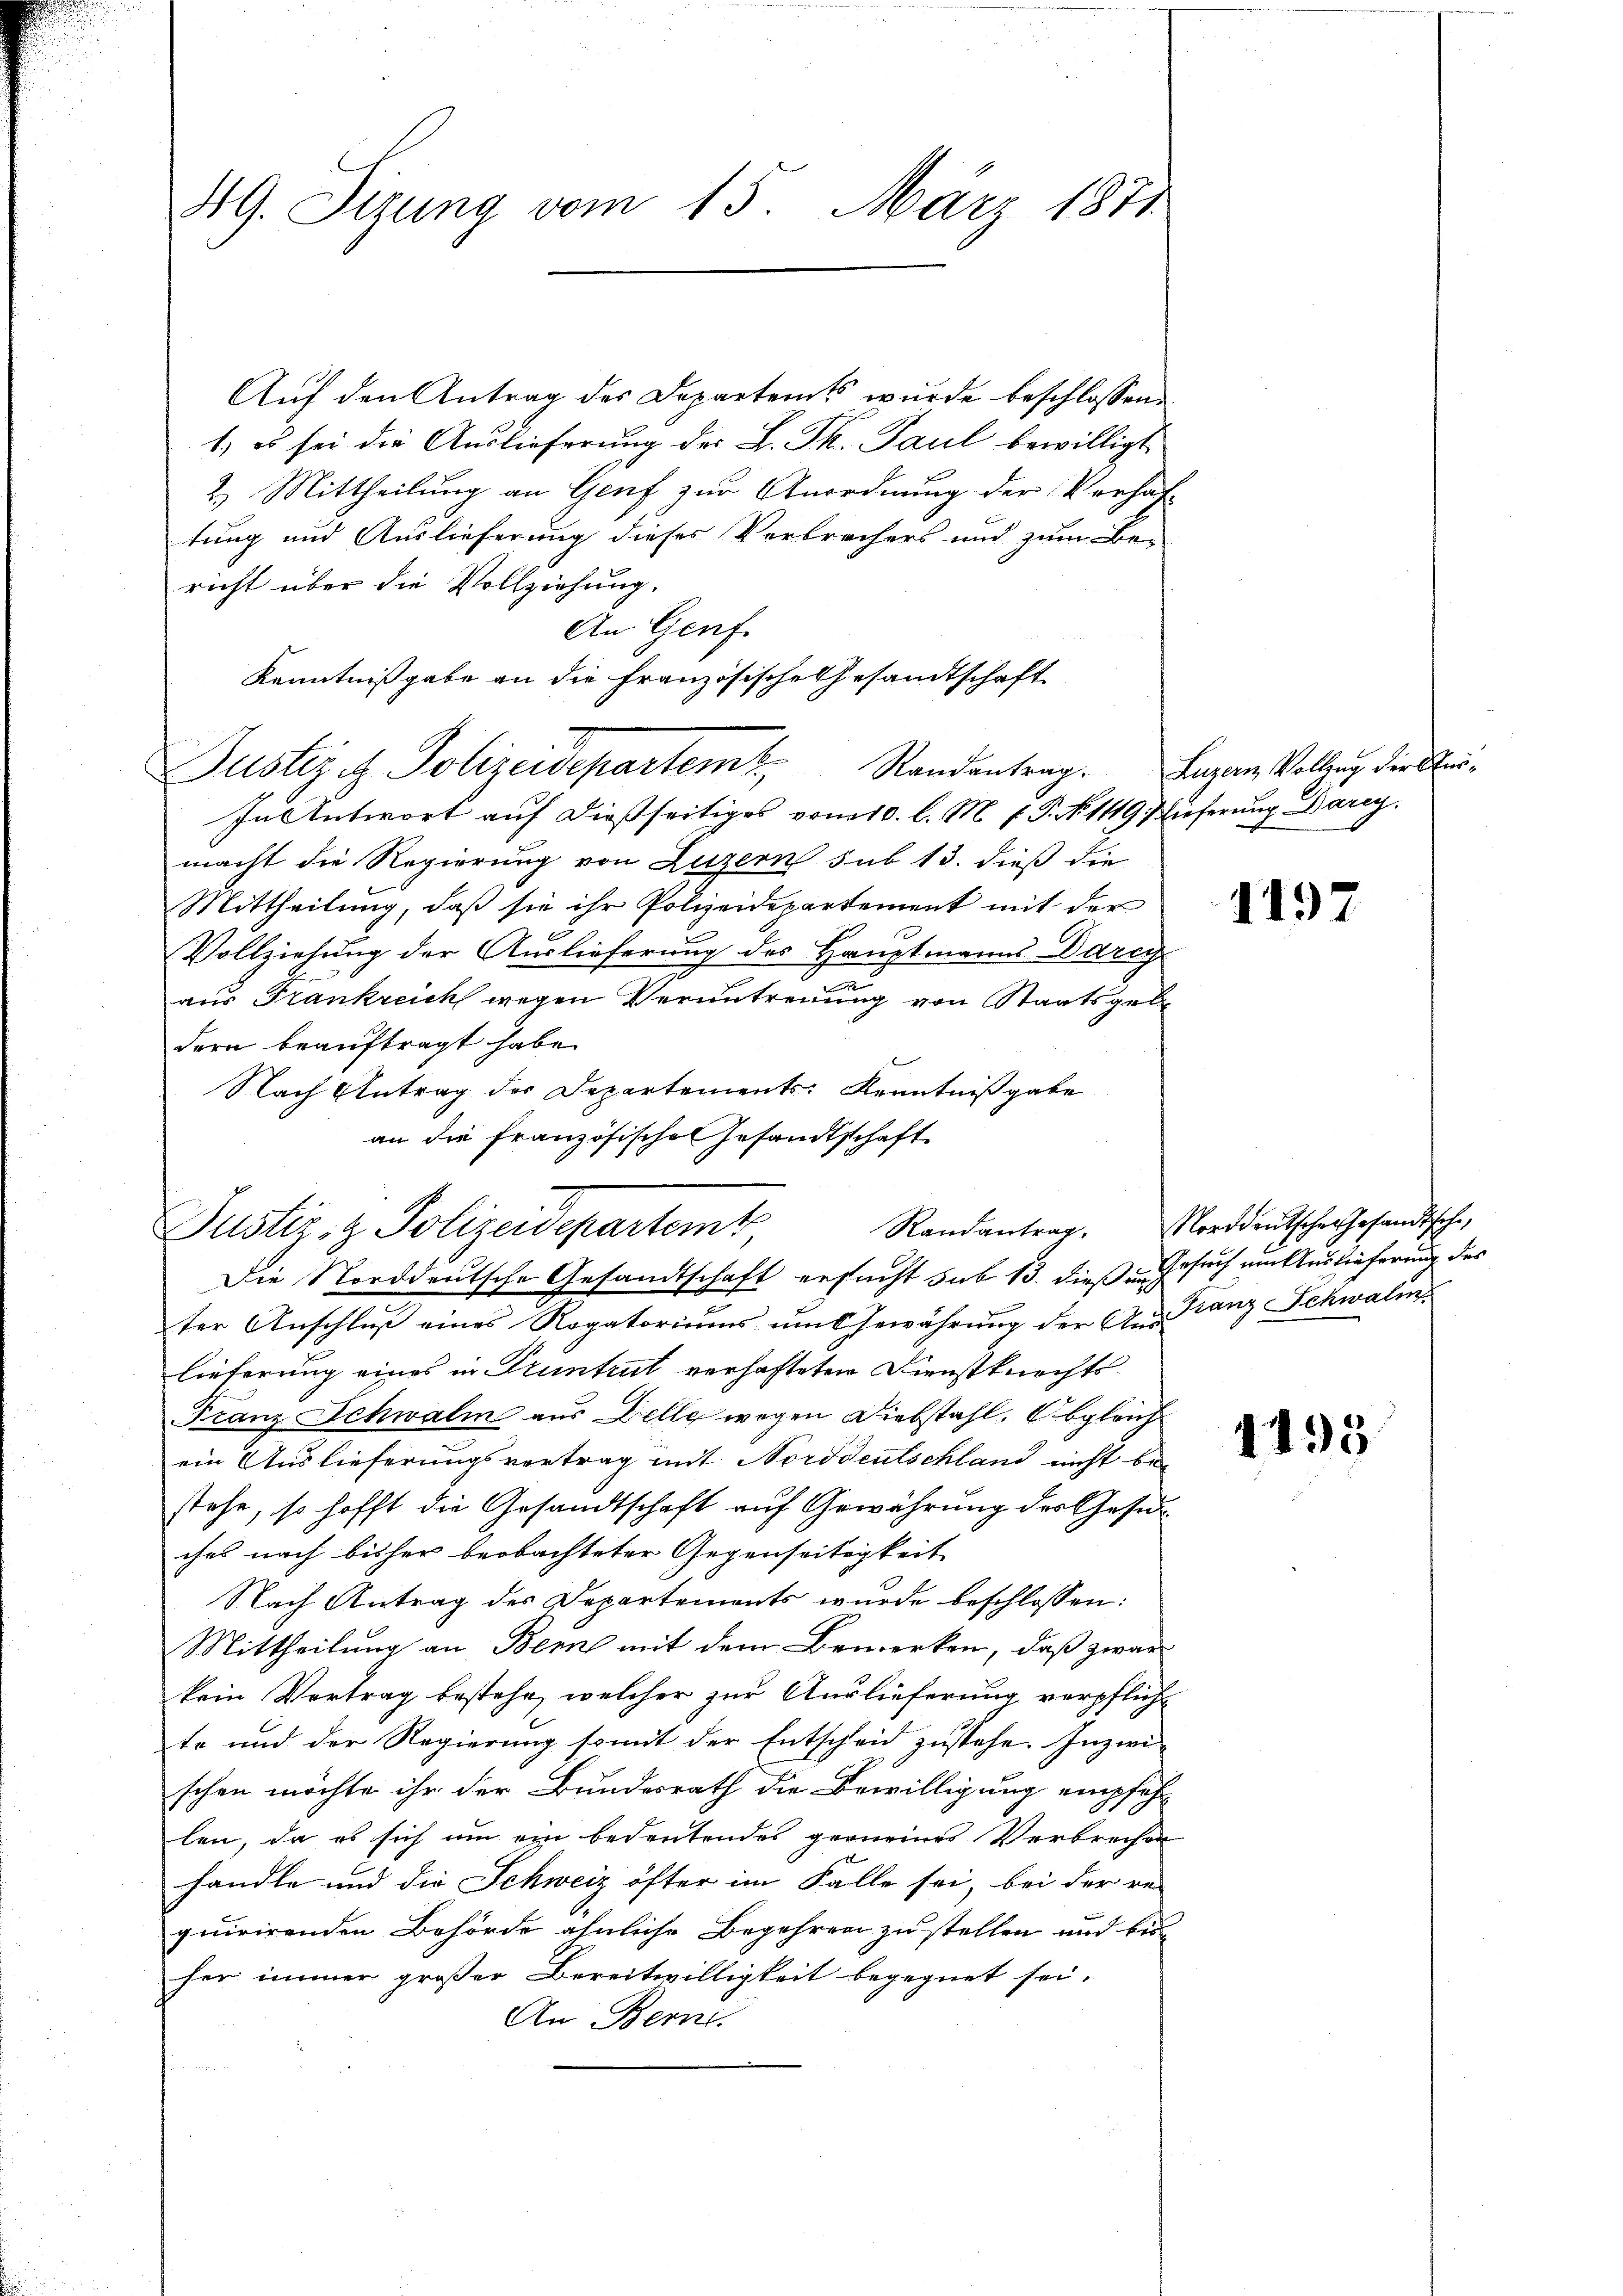
49. Sizung vom 15. März 1871

Auf den Antrag des Departens wurde beschlossene
1) es sei die Auslieferung der L. Th. Paul bewilligt,
2. Mittheilung an Genf zur Anordnung der Verhal-
tung und Auslieferung dieses Verbrechers und zum Be-
richt über die Vollziehung.
An Genf.
Kenntnißgabe an die Französische Gesandtschaft
In Antwort auf dießseitiges vom 10. l. M. P. P. N. 1119 Nieferung Bareg.
macht die Regierung von Luzern sub 13. dieß die
Mittheilung, daß sie ihr Polizeidepartement mit der
Vollziehung der Auslieferung des Hauptmanns Darey
aus Frankreich wegen Veruntreuung von Staatsgebe
dern beauftragt habe.
.
Nach Antrag der Departements Kenntnißgabe
an die französische Gesandtschaft
Die Norddeutsche Gesandtschaft ersucht sub 13. dieß Gesuch am Auslieferung des
ter Anschluß eines Rogatoriums um Gewährung der Aus Franz Schwalm
lieferung eines in Pruntrut verhafteten Dienstknechts¬
Franz Schwalm aus Delle wegen Diebstahl. Obgleich
ein Auslieferungsvertrag mit Norddeutschland nicht bestehe, so hofft die Gesandtschaft auf Gewährung des Gesuc
ches nach bisher beobachteter Gegenseitigkeit
Nach Antrag des Departements wurde beschlossen:
Mittheilung an Berne mit dem Bemerken, daß zwar
kein Vertrag bestehe, welcher zur Auslieferung verpflicht
te und der Regierung somit der Entscheid zustehe. Inzwi-
schon möchte ihr der Bundesrath die Bewilligung empfehl
len, da es sich um ein bedeutendes gerneines Verbrechen
handle und die Schweiz öfter im Falle sei, bei der re-
quirirenden Behörde ähnliche Begehren zu stellen und bis
her immer großer Bereitwilligkeit begegnet sei.
An Bern.

Justizit Polizeidepartem Randantrag. Ingen Vollzug der Rei¬

Justiz- & Polizeidepartemt

1197

Randantrag. Norddeutsche Gesandtsche,

1495